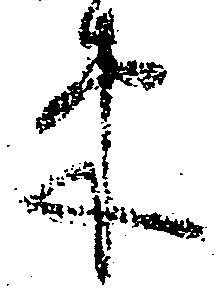
束